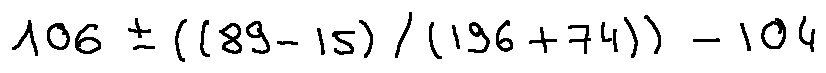
1 0 6 \pm ( ( 8 9 - 1 5 ) / ( 1 9 6 + 7 4 ) ) - 1 0 4